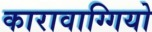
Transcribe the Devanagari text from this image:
कारावाग्गियो